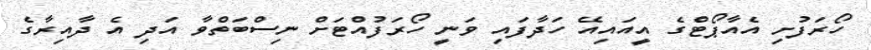
ހޯރަފުށި އެއާޕޯޓްގެ އީއައިއޭ ހަދާފައި ވަނީ ހޯރަފުއްޓަށް ނިސްބަތްވާ އަދި އެ ދާއިރާގެ